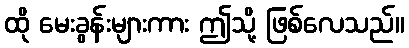
ထို မေးခွန်းများကား ဤသို့ ဖြစ်လေသည်။